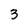
Character: 3